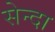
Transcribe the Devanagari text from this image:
सेन्दा